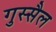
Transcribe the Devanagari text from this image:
गुस्‍सैल